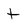
Character: t